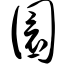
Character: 圜